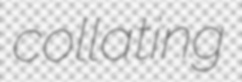
collating